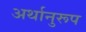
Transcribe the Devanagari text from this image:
अर्थानुरूप